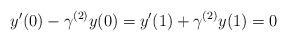
LaTeX: \begin{align*}y'(0)-\gamma^{(2)}y(0)=y'(1)+\gamma^{(2)}y(1)=0\end{align*}